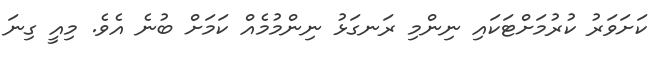
ކަށަވަރު ކުރުމަށްޓަކައި ނިންމި ރަނގަޅު ނިންމުމެއް ކަމަށް ބުނެ އެވެ. މިއީ ގިނަ